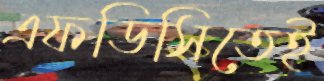
এফডিসিতেই